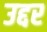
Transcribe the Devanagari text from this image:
उद्दर